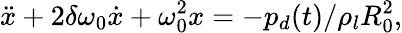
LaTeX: \ddot{x}+2\delta\omega_{0}\dot{x}+\omega_{0}^{2}x=-p_{d}(t)/\rho_{l}R_{0}^{2},